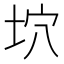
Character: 坹